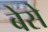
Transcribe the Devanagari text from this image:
बेसे